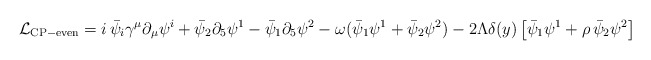
\begin{align*}\mathcal{L}_{\rm CP-even}=i\,\bar\psi_i\gamma^\mu\partial_\mu \psi^i+\bar\psi_2\partial_5\psi^1-\bar\psi_1\partial_5\psi^2-\omega(\bar\psi_1\psi^1+\bar\psi_2\psi^2)-2\Lambda\delta(y)\left[\bar\psi_1\psi^1+\rho\,\bar\psi_2\psi^2\right]\end{align*}